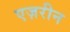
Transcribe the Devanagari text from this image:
एज़रीन